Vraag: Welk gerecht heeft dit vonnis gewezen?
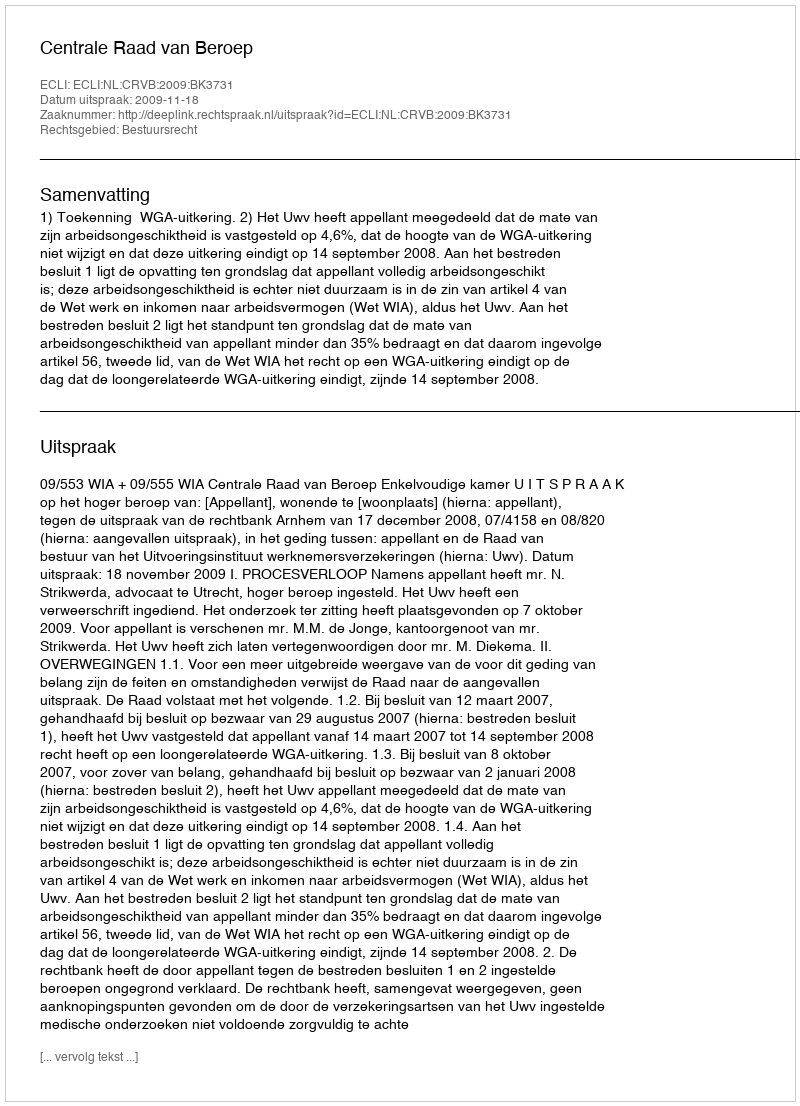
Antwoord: Centrale Raad van Beroep